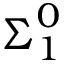
{ \boldsymbol { \Sigma } } _ { 1 } ^ { 0 }